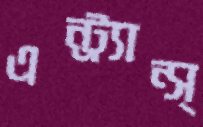
এন্‌ট্র্যান্‌স্‌